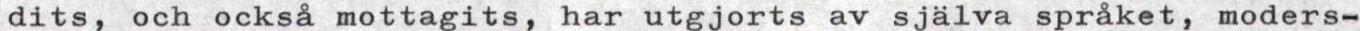
dits, och också mottagits, har utgjorts av själva språket, moders-